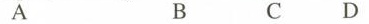
A B C D